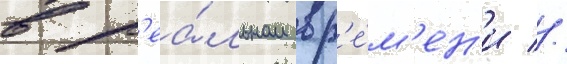
в р'еа́льном вр'е́м'ен'и //